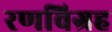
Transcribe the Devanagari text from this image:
रणविग्रह